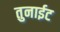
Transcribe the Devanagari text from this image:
तुनाईट